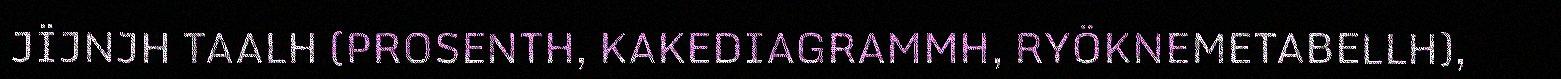
JÏJNJH TAALH (PROSENTH, KAKEDIAGRAMMH, RYÖKNEMETABELLH),